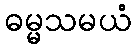
ဓမ္မသမယံ